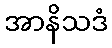
အာနိသဒံ